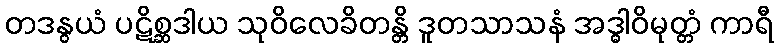
တဒနွယံ ပဋိစ္ဆဒါယ သုဝိလေခိတန္တိ ဒူတသာသနံ အဒ္ဓါဝိမုတ္တံ ကာရီ